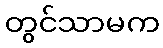
တွင်သာမက